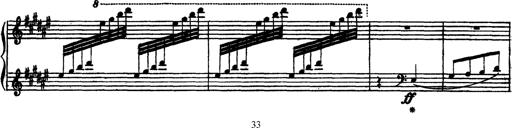
Title: AnnÃ©es de PÃ¨lerinage III
Composer: Franz Liszt